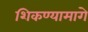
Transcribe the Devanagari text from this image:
शिकण्यामागे